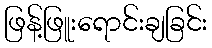
ဖြန့်ဖြူးရောင်းချခြင်း